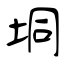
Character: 垌